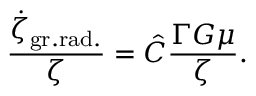
{ \frac { \dot { \zeta } _ { \mathrm { g r . r a d . } } } { \zeta } } = \hat { C } { \frac { \Gamma G \mu } { \zeta } } .